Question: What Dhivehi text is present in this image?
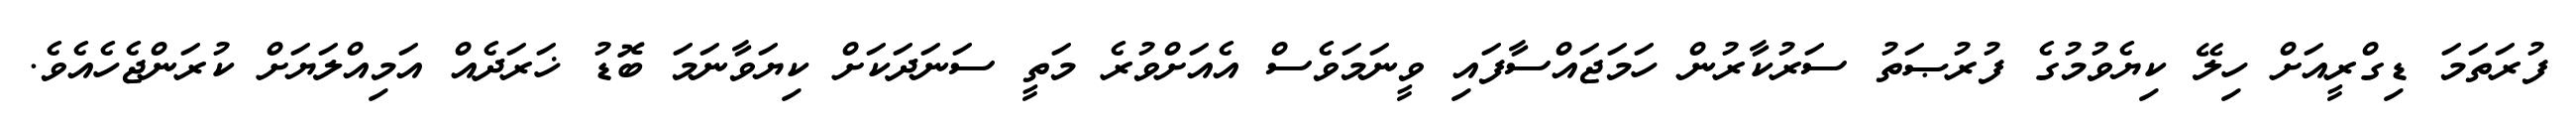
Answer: ފުރަތަމަ ޑިގްރީއަށް ހިލޭ ކިޔެވުމުގެ ފުރުޞަތު ސަރުކާރުން ހަމަޖައްސާފައި ވީނަމަވެސް އެއަށްވުރެ މަތީ ސަނަދަކަށް ކިޔަވާނަމަ ބޮޑު ޚަރަދެއް އަމިއްލަޔަށް ކުރަންޖެހެއެވެ.